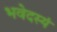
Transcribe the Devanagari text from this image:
भवेदस्यं